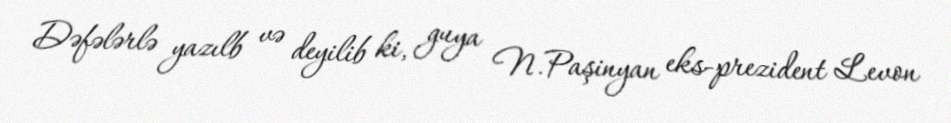
Dəfələrlə yazılb və deyilib ki, guya N.Paşinyan eks-prezident Levon